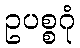
ဥပစ္စဂုံ